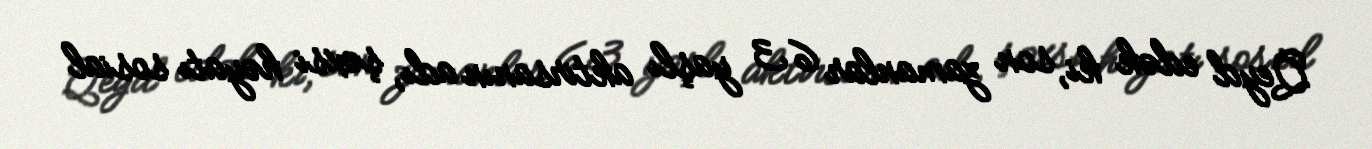
Qeyd edək ki, son zamanlar 63 yaşlı aktirsanın adı, şəxsi həyatı sosial